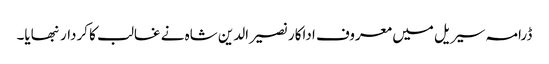
ڈرامہ سیریل میں معروف اداکار نصیرالدین شاہ نے غالب کا کردار نبھایا۔